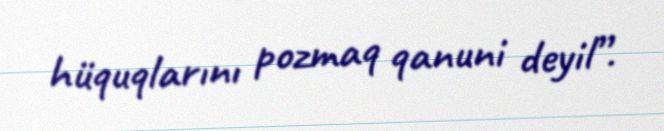
hüquqlarını pozmaq qanuni deyil”.